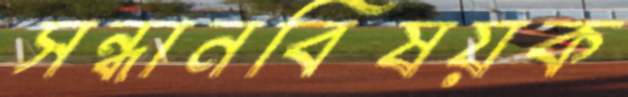
সন্ধানবিষয়ক